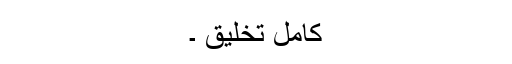
کامل تخلیق ۔